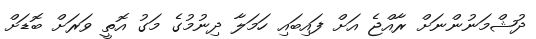
ދުޝްމަނުންނަށް ރާއްޖެ އަށް ފައިބައި ހަމަލާ ދިނުމުގެ މަގު އޮތީ ވަރަށް ބޮޑަށް